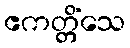
ဧကတ္တိံသေ